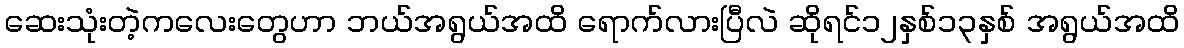
ဆေးသုံးတဲ့ကလေးတွေဟာ ဘယ်အရွယ်အထိ ရောက်လားပြီလဲ ဆိုရင်၁၂နှစ်၁၃နှစ် အရွယ်အထိ